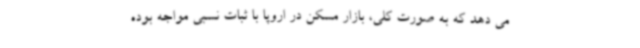
می دهد که به صورت کلی، بازار مسکن در اروپا با ثبات نسبی مواجه بوده